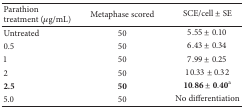
<table><thead><tr><td><b>Parathion treatment (<i>μ</i>g/mL) </b></td><td><b>Metaphase scored</b></td><td><b>SCE/cell ± SE</b></td></tr></thead><tbody><tr><td>Untreated</td><td>50</td><td>5.55 ± 0.10</td></tr><tr><td>0.5</td><td>50</td><td>6.43 ± 0.34</td></tr><tr><td>1</td><td>50</td><td>7.99 ± 0.25</td></tr><tr><td>2</td><td>50</td><td>10.33 ± 0.32</td></tr><tr><td><b>2.5</b></td><td><b>50</b></td><td>10.86 ± 0.40<sup>a</sup></td></tr><tr><td>5.0</td><td>50</td><td>No differentiation</td></tr></tbody></table>